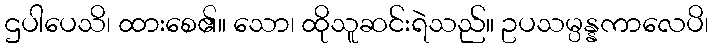
ဌပါပေသိ၊ ထားစေ၏။ သော၊ ထိုသူဆင်းရဲသည်။ ဥပသမ္ပန္နကာလေပိ၊